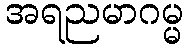
အရညမာဂမ္မ